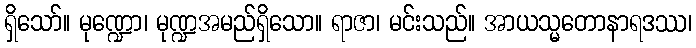
ရှိသော်။ မုဏ္ဍော၊ မုဏ္ဍအမည်ရှိသော။ ရာဇာ၊ မင်းသည်။ အာယသ္မတောနာရဒဿ၊